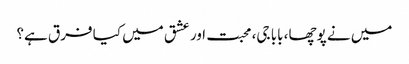
میں نے پوچھا، بابا جی، محبت اور عشق میں کیا فرق ہے؟